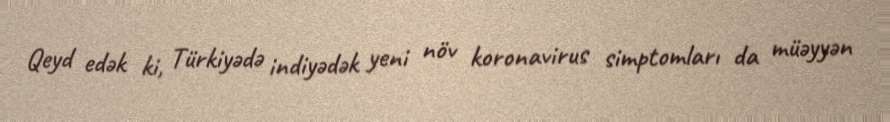
Qeyd edək ki, Türkiyədə indiyədək yeni növ koronavirus simptomları da müəyyən